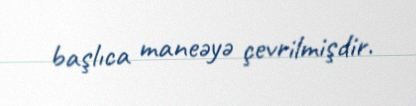
başlıca maneəyə çevrilmişdir.